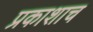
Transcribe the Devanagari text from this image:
प्रकाशाच